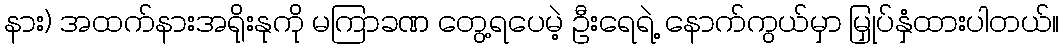
နား) အထက်နားအရိုးနုကို မကြာခဏ တွေ့ရပေမဲ့ ဦးရေရဲ့ နောက်ကွယ်မှာ မြှုပ်နှံထားပါတယ်။